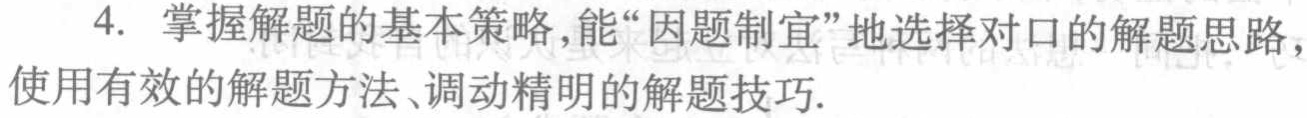
4. 掌握解题的基本策略,能“因题制宜”地选择对口的解题思路，使用有效的解题方法、调动精明的解题技巧.